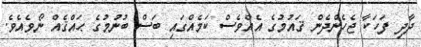
ދާދި ފަހަކާ ޖެހެންދެން ޤައުމުގެ އެއްވެސް ކަމެއްގައި ބަސް ބުނުމުގެ ޙައްޤެއް ނޯވެއެވެ.